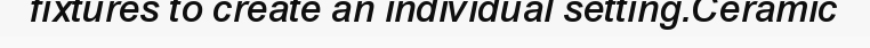
fixtures to create an individual setting.Ceramic